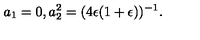
a _ { 1 } = 0 , a _ { 2 } ^ { 2 } = ( 4 \epsilon ( 1 + \epsilon ) ) ^ { - 1 } .